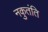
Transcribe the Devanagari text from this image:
नकुतंति